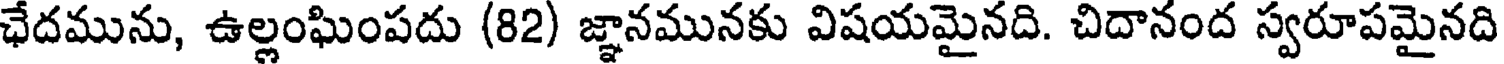
ఛేదమును, ఉల్లంఘింపదు (82) జ్ఞానమునకు విషయమైనది. చిదానంద స్వరూపమైనది